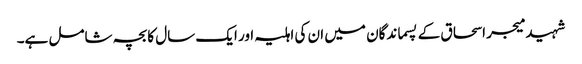
شہید میجر اسحاق کے پسماندگان میں ان کی اہلیہ اور ایک سال کا بچہ شامل ہے۔